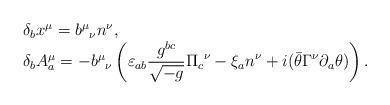
LaTeX: \begin{align*}\begin{array}{l}\delta_bx^\mu={b^\mu}_\nu n^\nu,\\\delta_bA^\mu_a=-{b^\mu}_\nu\displaystyle\left(\varepsilon_{ab}\frac{g^{bc}}{\sqrt{-g}}{\Pi_c}^\nu-\xi_an^\nu+i(\bar\theta\Gamma^\nu\partial_a\theta)\right).\end{array}\end{align*}